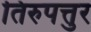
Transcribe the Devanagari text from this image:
तिरुपत्तुर